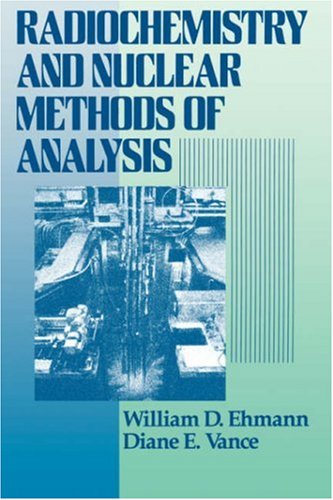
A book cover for Radiochemistry and Nuclear Methods of Analysis (Chemical Analysis: A Series of Monographs on Analytical Chemistry and Its Applications); William D. Ehmann; Science & Math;